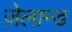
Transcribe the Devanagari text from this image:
ज़ेलान्ड